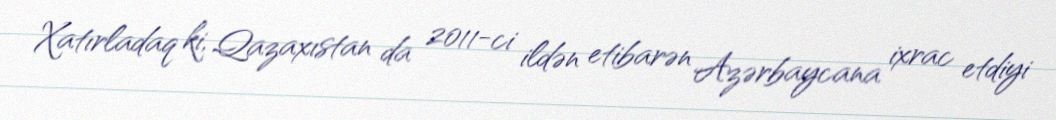
Xatırladaq ki, Qazaxıstan da 2011-ci ildən etibarən Azərbaycana ixrac etdiyi